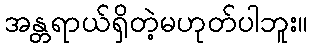
အန္တရာယ်ရှိတဲ့မဟုတ်ပါဘူး။